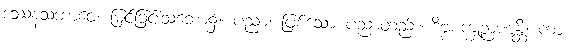
ဒဿနသဘာဝေ၊ မြင်ခြင်းသဘော၌။ ပညာ၊ ဖြစ်သော ပညာတည်း။ ဒိဗ္ဗစက္ခုဉာဏန္တိ၊ ကား။